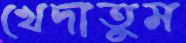
খেদাতুম